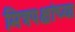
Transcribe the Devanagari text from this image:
मित्रपक्षांच्या